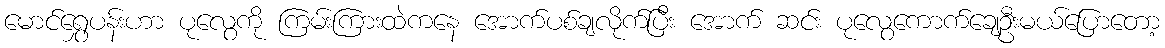
မောင်ရွှေပန်းဟာ ပုလွေကို ကြမ်းကြားထဲကနေ အောက်ပစ်ချလိုက်ပြီး အောက် ဆင်း ပုလွေကောက်ချေဦးမယ်ပြောတော့